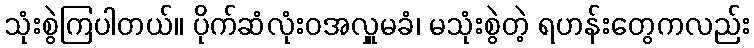
သုံးစွဲကြပါတယ်။ ပိုက်ဆံလုံးဝအလှူမခံ၊ မသုံးစွဲတဲ့ ရဟန်းတွေကလည်း